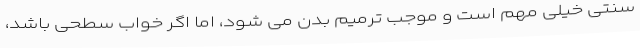
سنتی خیلی مهم است و موجب ترمیم بدن می شود، اما اگر خواب سطحی باشد،